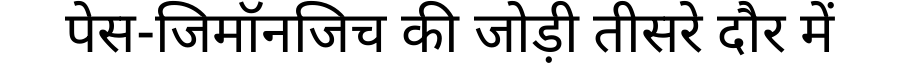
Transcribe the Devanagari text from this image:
पेस-जिमॉनजिच की जोड़ी तीसरे दौर में